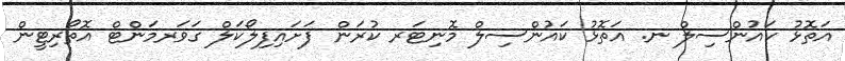
އަތޮޅު ކައުންސިލް ނ. އަތޮޅު ކައުންސިލް މޮނިޓަރ ކުރަން ފަށައިފިލޯކަލް ގަވަރމަންޓް އޮތޯރިޓީން